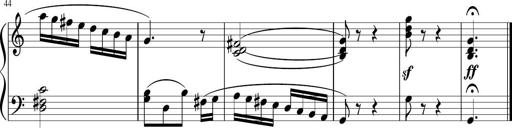
Title: 3 Sonatinen
Composer: Heinrich Lichner